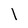
Character: l